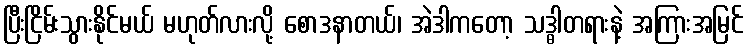
ပြီးငြိမ်းသွားနိုင်မယ် မဟုတ်လားလို့ စောဒနာတယ်၊ အဲဒါကတော့ သဒ္ဓါတရားနဲ့ အကြားအမြင်